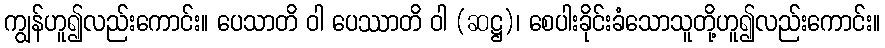
ကျွန်ဟူ၍လည်းကောင်း။ ပေသာတိ ဝါ ပေဿာတိ ဝါ (ဆဋ္ဌ)၊ စေပါးခိုင်းခံသောသူတို့ဟူ၍လည်းကောင်း။